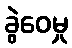
ခွဲဝေမှု